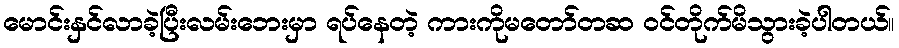
မောင်းနှင်လာခဲ့ပြီးလမ်းဘေးမှာ ရပ်နေတဲ့ ကားကိုမတော်တဆ ဝင်တိုက်မိသွားခဲ့ပါတယ်။